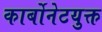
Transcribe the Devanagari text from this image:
कार्बोनेटयुक्त